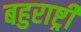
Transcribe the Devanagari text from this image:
बहुराष्ट्री